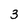
Character: 3